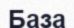
База